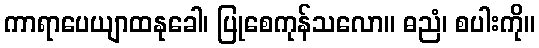
ကာရာပေယျာထနုခေါ၊ ပြုစေကုန်သလော။ ဓညံ၊ စပါးကို။